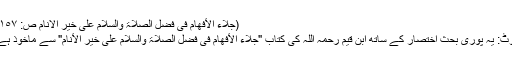
(جلاء الأفھام فی فضل الصلاۃ والسلام علیٰ خیر الانام ص: ١٥٧)
نوٹ: یہ پوری بحث اختصار کے ساتھ ابن قیم رحمہ اللہ کی کتاب "جلاء الأفھام فی فضل الصلاۃ والسلام على خير الأنام" سے ماخوذ ہے۔